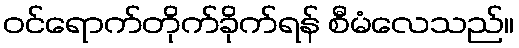
ဝင်ရောက်တိုက်ခိုက်ရန် စီမံလေသည်။